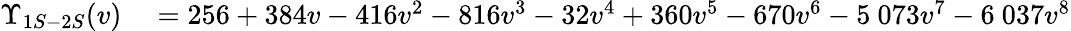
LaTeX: \begin{array}{rl}{\Upsilon_{1S-2S}(v)}&{{}=256+384v-416v^{2}-816v^{3}-32v^{4}+360v^{5}-670v^{6}-5~073v^{7}-6~037v^{8}}\end{array}